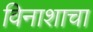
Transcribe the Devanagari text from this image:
विनाशाचा